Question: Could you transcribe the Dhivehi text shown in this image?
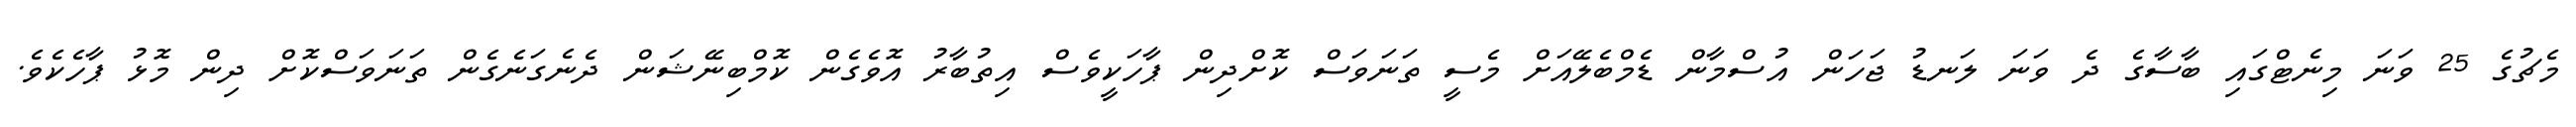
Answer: މެޗުގެ 25 ވަނަ މިނެޓްގައި ބާސާގެ ދެ ވަނަ ލަނޑު ޖަހަން އުސްމާން ޑެމްބެލޭއަށް މެސީ ތަނަވަސް ކޮށްދިން ޕާހަކީވެސް އިތުބާރު އޮވެގެން ކޮމްބިނޭޝަން ދެނެގަނެގެން ތަނަވަސްކޮށް ދިން މޮޅު ޕާހެކެވެ.